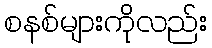
စနစ်များကိုလည်း